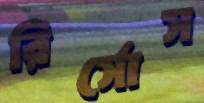
রির্সোস